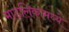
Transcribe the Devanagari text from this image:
मांडलिकामध्ये